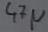
Text: 47µ